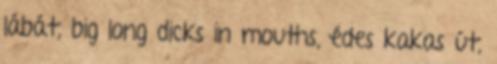
lábát, big long dicks in mouths, édes kakas út,